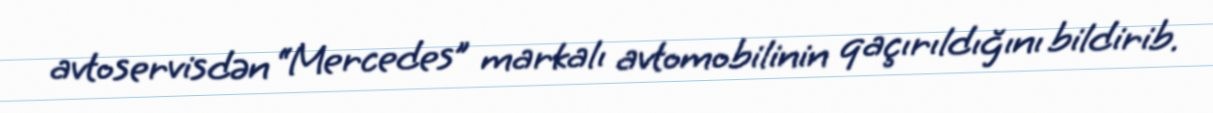
avtoservisdən “Mercedes” markalı avtomobilinin qaçırıldığını bildirib.